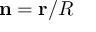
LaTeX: \mathbf { n } = \mathbf { r } / R